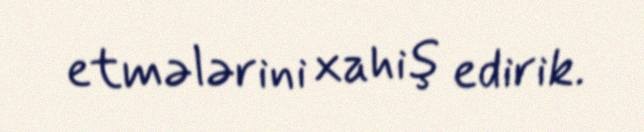
etmələrini xahiş edirik.